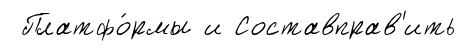
Платфо́рмы и Составправ'ить